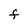
Character: F